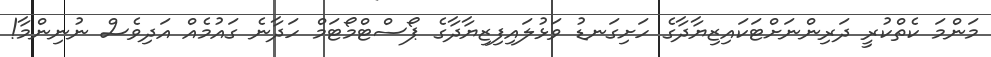
މަންމަ ކެތްކުރީ ދަރިންނަށްޓަަކައިޒިޔާދާގެ ހަށިގަނޑު ވަޅުލައިފިޒިޔާދާގެ ޕޯސްޓްމޯޓަމް ހަދާނެ ގައުމެއް އަދިވެސް ނުނިންމާ!